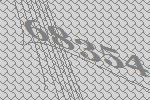
68354